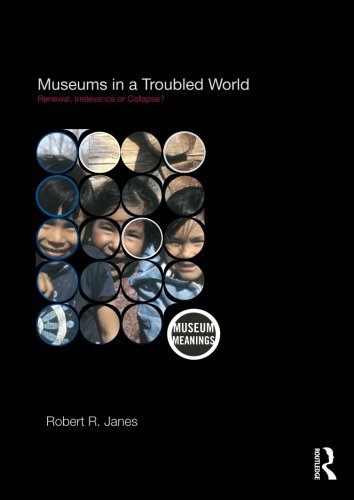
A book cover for Museums in a Troubled World: Renewal, Irrelevance or Collapse? (Museum Meanings); Robert R. Janes; Business & Money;